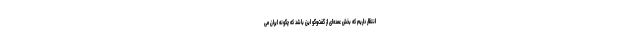
انتظار داریم که بخش عمده‌ای از گفت‌وگو این باشد که چگونه ایران می